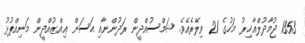
1353 ޖުމާދުލްއާޚިރު މަހުގެ 21 ވިލޭރެއެވެ. ޝަމްސުއްދީން ރަދުންނާއި ޙަސަން ޢިއްޒުއްދީން މަނިއްޕުޅު